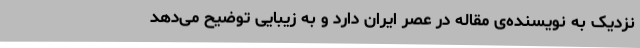
نزدیک به نویسنده‌ی مقاله در عصر ایران دارد و به زیبایی توضیح می‌دهد